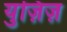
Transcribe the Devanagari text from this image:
युज़िज़